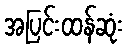
အပြင်းထန်ဆုံး